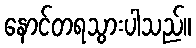
နောင်တရသွားပါသည်။